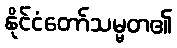
နိုင်ငံတော်သမ္မတ၏